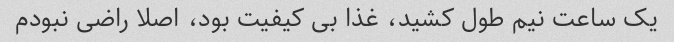
یک ساعت نیم طول کشید، غذا بی کیفیت بود، اصلا راضی نبودم